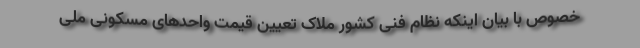
خصوص با بیان اینکه نظام فنی کشور ملاک تعیین قیمت واحدهای مسکونی ملی